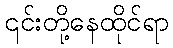
၎င်းတို့နေထိုင်ရာ